Indian journal of veterinary science and animal husbandry - Volumes 24-25, 1954-1955
Year: 1954
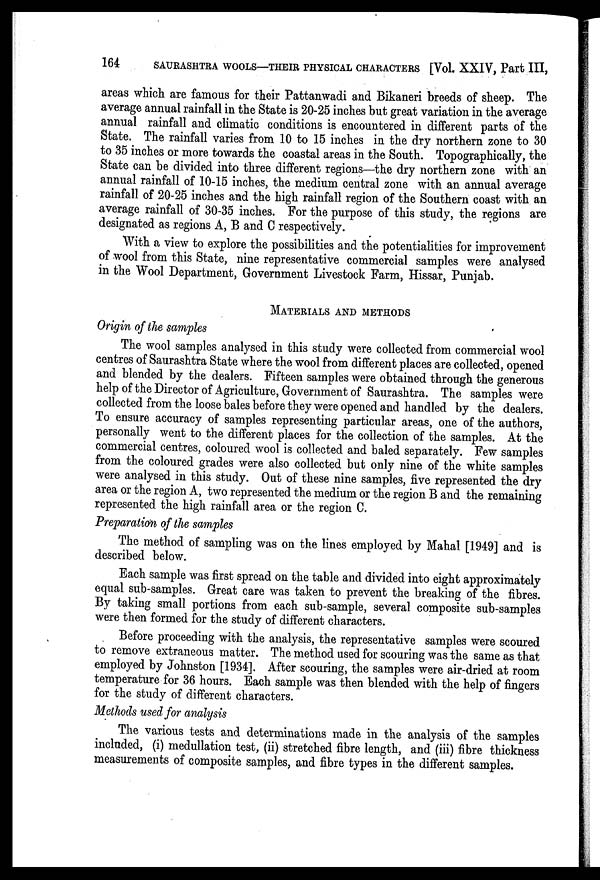
164
SAURASHTRA WOOLS—THEIR PHYSICAL CHARACTERS [Vol. XXIV, Part III,
areas which are famous for their Pattanwadi and Bikaneri breeds of sheep. The
average annual rainfall in the State is 20-25 inches but great variation in the average
annual rainfall and climatic conditions is encountered in different parts of the
State. The rainfall varies from 10 to 15 inches in the dry northern zone to 30
to 35 inches or more towards the coastal areas in the South. Topographically, the
State can be divided into three different regions—the dry northern zone with an
annual rainfall of 10-15 inches, the medium central zone with an annual average
rainfall of 20-25 inches and the high rainfall region of the Southern coast with an
average rainfall of 30-35 inches. For the purpose of this study, the regions are
designated as regions A, B and C respectively.
With a view to explore the possibilities and the potentialities for improvement
of wool from this State, nine representative commercial samples were analysed
in the Wool Department, Government Livestock Farm, Hissar, Punjab.
MATERIALS AND METHODS
Origin of the samples
The wool samples analysed in this study were collected from commercial wool
centres of Saurashtra State where the wool from different places are collected, opened
and blended by the dealers. Fifteen samples were obtained through the generous
help of the Director of Agriculture, Government of Saurashtra. The samples were
collected from the loose bales before they were opened and handled by the dealers.
To ensure accuracy of samples representing particular areas, one of the authors,
personally went to the different places for the collection of the samples. At the
commercial centres, coloured wool is collected and baled separately. Few samples
from the coloured grades were also collected but only nine of the white samples
were analysed in this study. Out of these nine samples, five represented the dry
area or the region A, two represented the medium or the region B and the remaining
represented the high rainfall area or the region C.
Preparation of the samples
The method of sampling was on the lines employed by Mahal [1949] and is
described below.
Each sample was first spread on the table and divided into eight approximately
equal sub-samples. Great care was taken to prevent the breaking of the fibres.
By taking small portions from each sub-sample, several composite sub-samples
were then formed for the study of different characters.
Before proceeding with the analysis, the representative samples were scoured
to remove extraneous matter. The method used for scouring was the same as that
employed by Johnston [1934]. After scouring, the samples were air-dried at room
temperature for 36 hours. Each sample was then blended with the help of fingers
for the study of different characters.
Methods used for analysis
The various tests and determinations made in the analysis of the samples
included, (i) medullation test, (ii) stretched fibre length, and (iii) fibre thickness
measurements of composite samples, and fibre types in the different samples.